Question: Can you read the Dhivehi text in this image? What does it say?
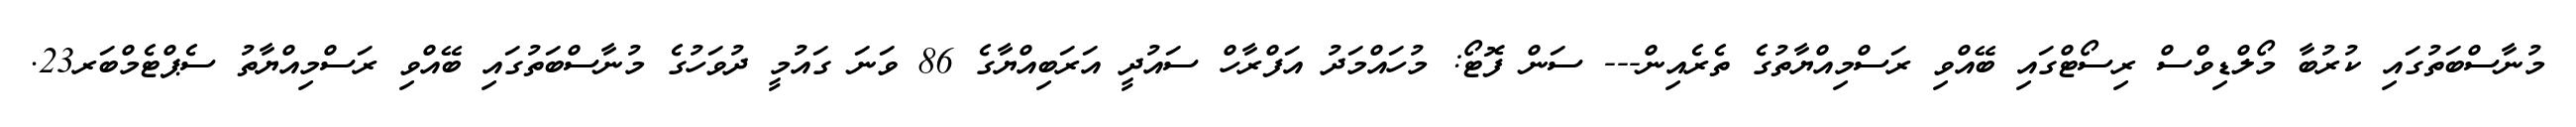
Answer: މުނާސްބަތުގައި ކުރުބާ މޯލްޑިވްސް ރިސޯޓްގައި ބޭއްވި ރަސްމިއްޔާތުގެ ތެރެއިން--- ސަން ފޮޓޯ: މުހައްމަދު އަފްރާހް ސައުދީ އަރަބިއްޔާގެ 86 ވަނަ ގައުމީ ދުވަހުގެ މުނާސްބަތުގައި ބޭއްވި ރަސްމިއްޔާތު ސެޕްޓެމްބަރ23.